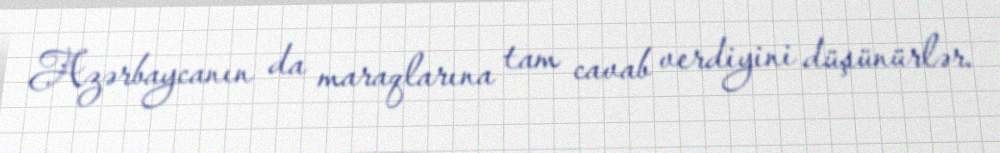
Azərbaycanın da maraqlarına tam cavab verdiyini düşünürlər.